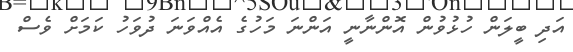
އަދި ބީލަން ހުޅުވުން އޮންނާނީ އަންނަ މަހުގެ އެއްވަނަ ދުވަހު ކަމަށް ވެސް